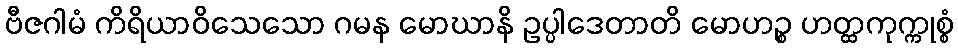
ဗီဇဂါမံ ကိရိယာဝိသေသော ဂမန မောဃာနိ ဥပ္ပါဒေတာတိ မောဟဉ္စ ဟတ္ထကုက္ကုစ္စံ